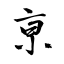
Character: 亰